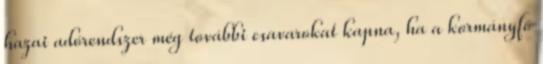
hazai adórendszer még további csavarokat kapna, ha a kormányfő